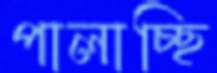
পালাচ্ছি